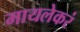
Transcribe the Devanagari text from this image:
मायलेकरं